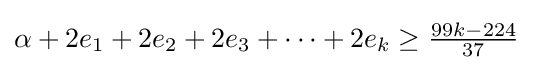
{\textstyle \alpha +2e_{1}+2e_{2}+2e_{3}+\cdots +2e_{k}\geq {\frac {99k-224}{37}}}